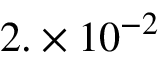
2 . \times 1 0 ^ { - 2 }